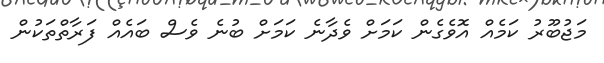
މަޖުބޫރު ކަމެއް އޮވެގެން ކަމަށް ވެދާނެ ކަމަށް ބުނެ ވެސް ބައެއް ފަރާތްތަކުން